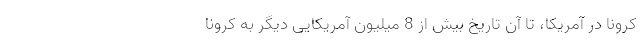
کرونا در آمریکا، تا آن تاریخ بیش از 8 میلیون آمریکایی دیگر به کرونا